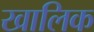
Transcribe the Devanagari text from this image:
खालिक